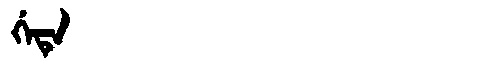
Manchu: ᡤᡝᡨᡝ
Romanization: GETE